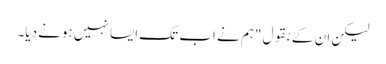
لیکن ان کے بقول "ہم نے اب تک ایسا نہیں ہونے دیا۔